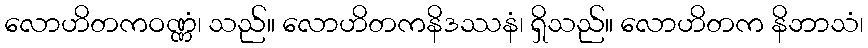
လောဟိတကဝဏ္ဏံ၊ သည်။ လောဟိတကနိဒဿနံ၊ ရှိသည်။ လောဟိတက နိဘာသံ၊